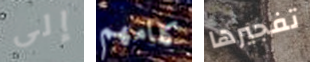
إلى كلامهم تفجيرها